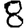
Digit: 8